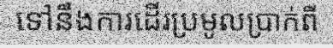
ទៅនឹងការដើរប្រមូលប្រាក់ពី